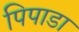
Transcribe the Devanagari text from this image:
पिपाडा